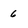
Character: 6